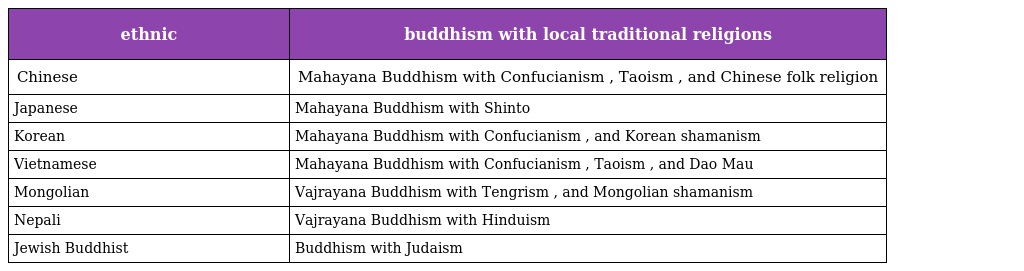
| ethnic | buddhism with local traditional religions |
 | --- | --- |
 | Chinese | Mahayana Buddhism with Confucianism , Taoism , and Chinese folk religion |
 | Japanese | Mahayana Buddhism with Shinto |
 | Korean | Mahayana Buddhism with Confucianism , and Korean shamanism |
 | Vietnamese | Mahayana Buddhism with Confucianism , Taoism , and Dao Mau |
 | Mongolian | Vajrayana Buddhism with Tengrism , and Mongolian shamanism |
 | Nepali | Vajrayana Buddhism with Hinduism |
 | Jewish Buddhist | Buddhism with Judaism |